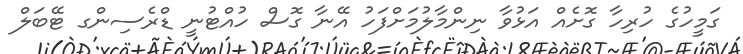
ގަމީހުގެ ހުރިހާ ގޮށެއް އަޅުވާ ނިންމާލުމަށްފަހު އޭނާ ގޮސް ހުއްޓުނީ ޑްރެސިންގ ޓޭބަލް